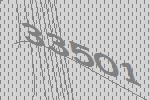
33501